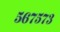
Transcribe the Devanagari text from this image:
५६७५७३